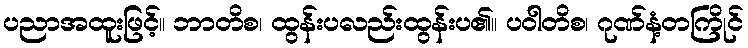
ပညာအထူးဖြင့်။ ဘာတိစ၊ ထွန်းပလည်းထွန်းပ၏။ ပဝါတိစ၊ ဂုဏ်နံ့တကြိုင်